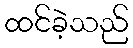
ထင်ခဲ့သည်